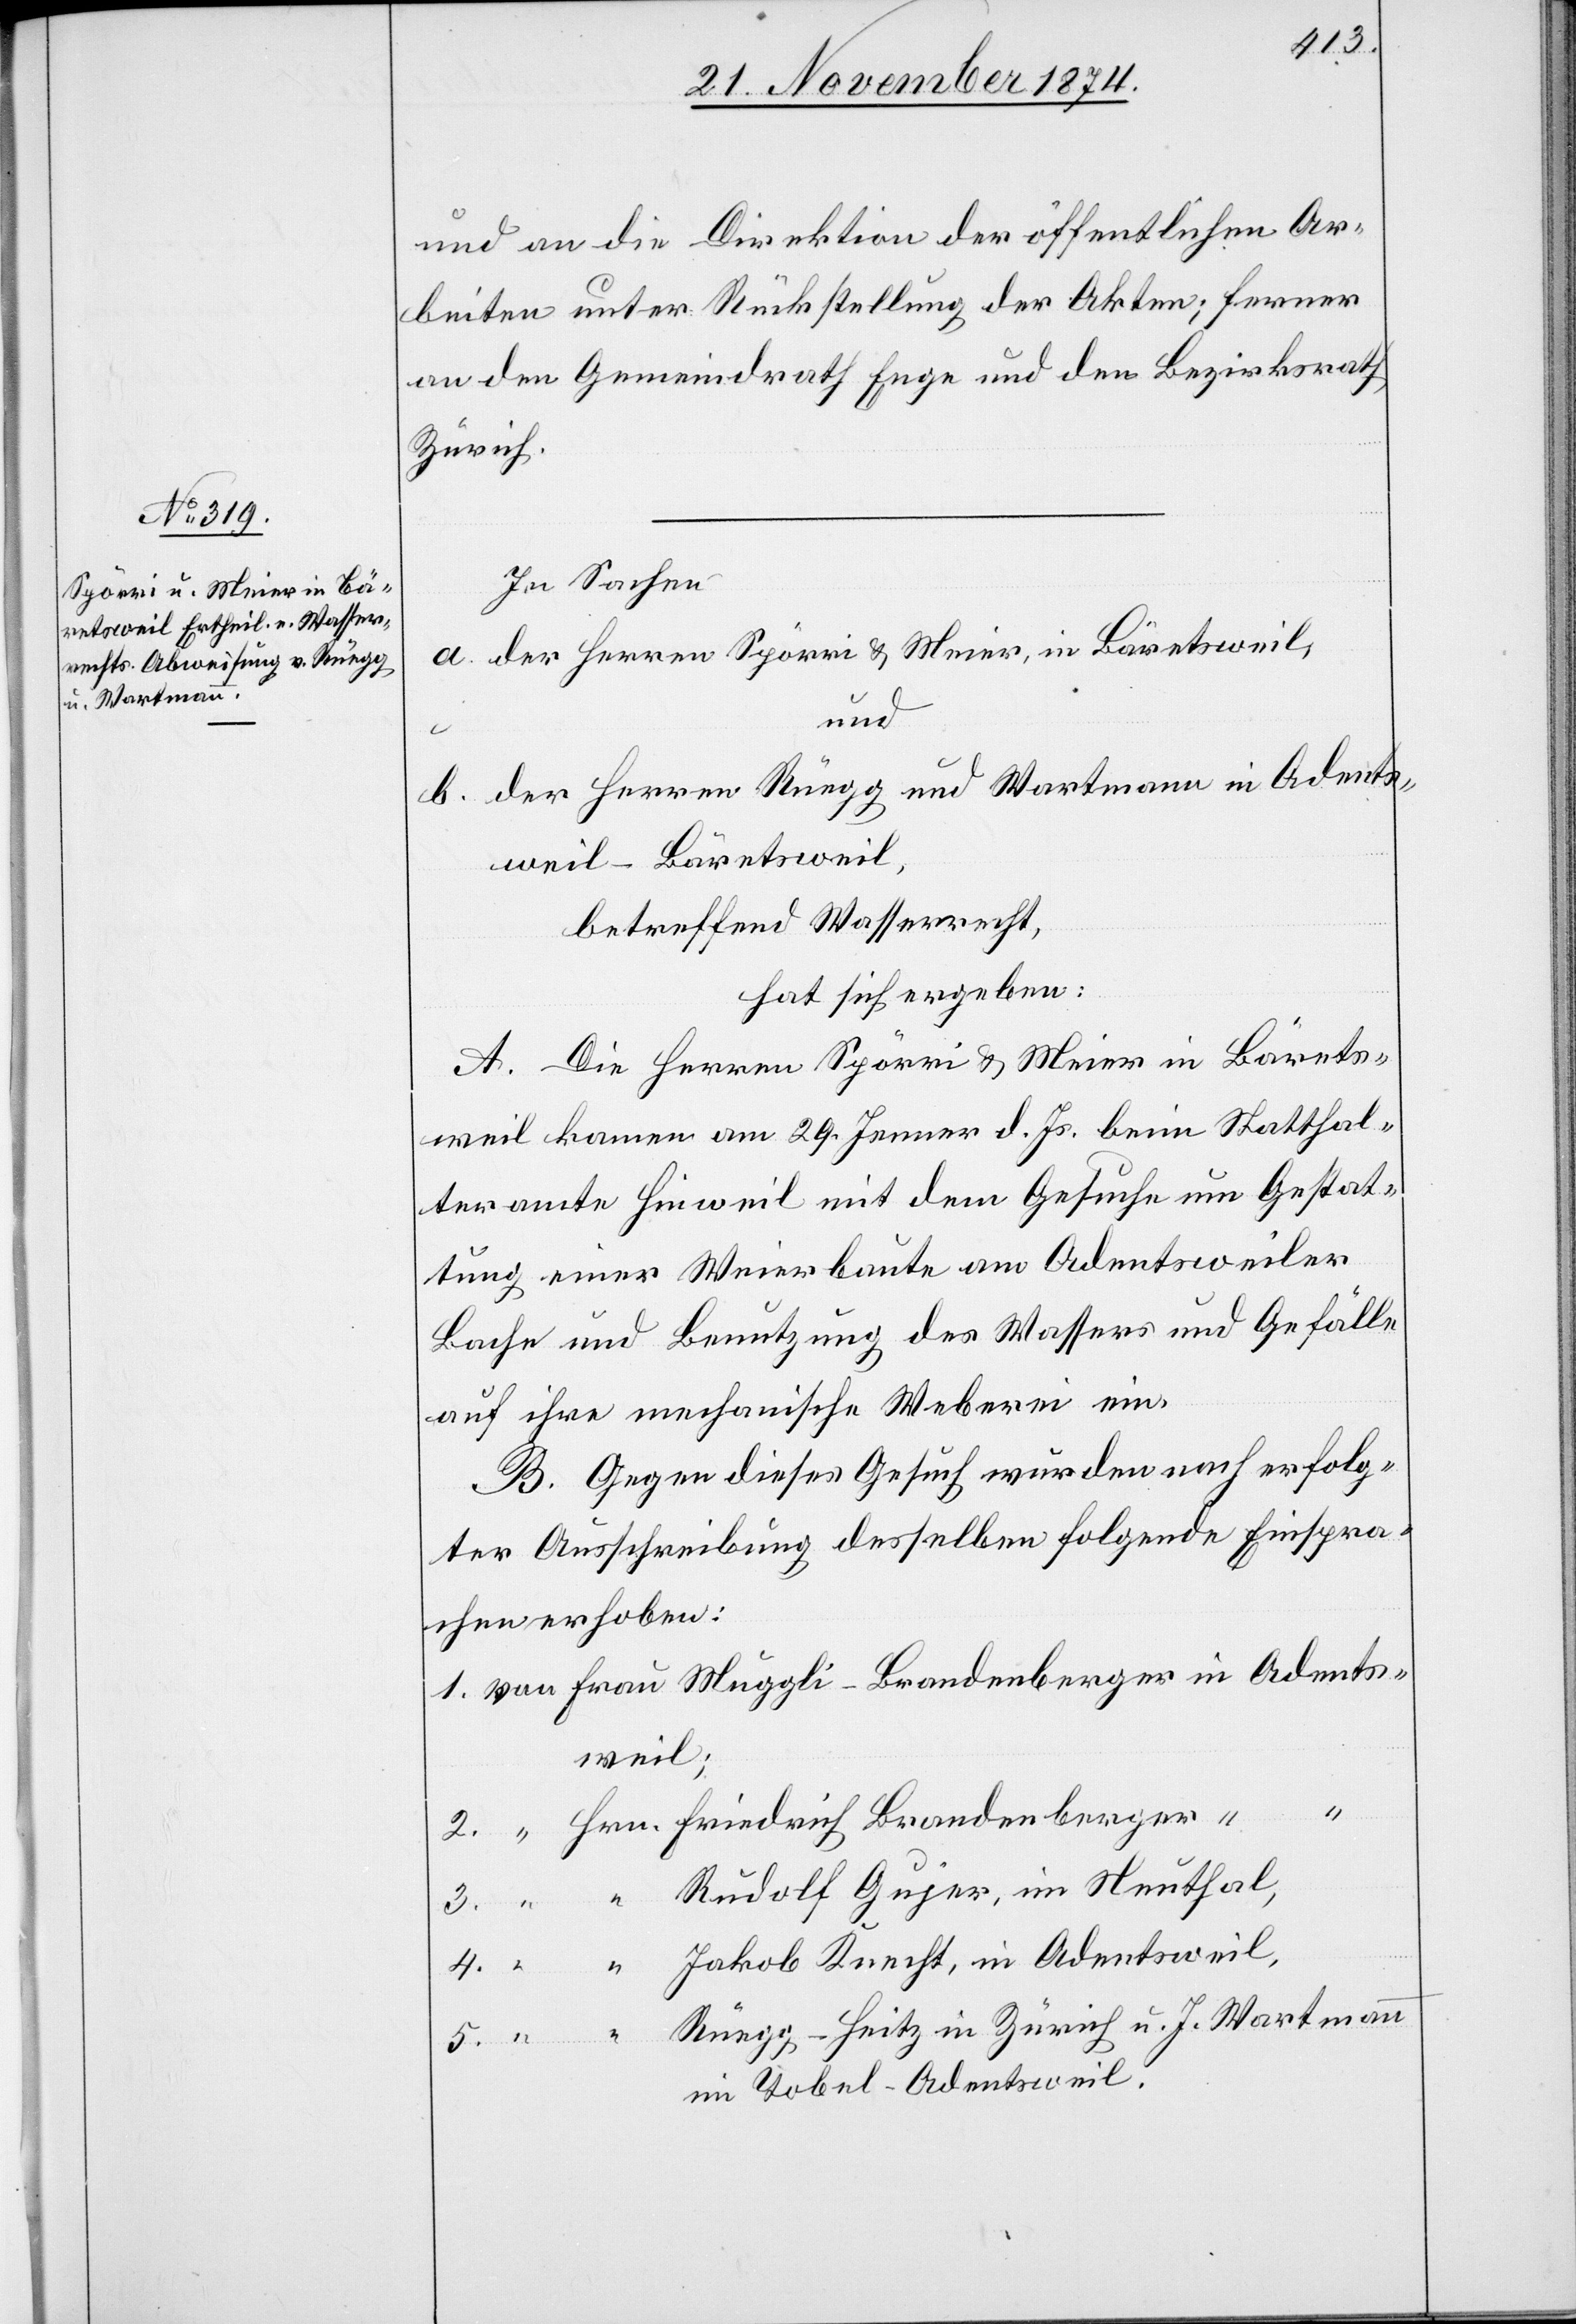
J. Wartmann

3.
und an die Direktion der öffentlichen Ar¬
beiten unter Rückstellung der Akten; ferner
an den Gemeindrath Enge und den Bezirksrath
Zürich
In Sachen
a. der Herren Spörri & Meier, in Bäretsweil,
und
u.
b. der Herren Rüegg und Wartmann in Adents¬
weil-Bäretsweil,
betreffend Wasserrecht,
hat sich ergeben:
A. Die Herren Spörri & Meier in Bärets¬
weil kommen am 29. Jenner d. Js. beim Statthal¬
teramte Hinweil mit dem Gesuche um Gestat¬
tung einer Weierbaute am Adentsweiler
Bache und Benutzung des Wassers und Gefälle
auf ihre mechanische Weberei ein.
B. Gegen dieses Gesuch wurden nach erfolg¬
ter Ausschreibung desselben folgende Einspra¬
chen erhoben:
4.
Tobel-Adentsweil